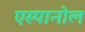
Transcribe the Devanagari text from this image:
एस्‍पानोल